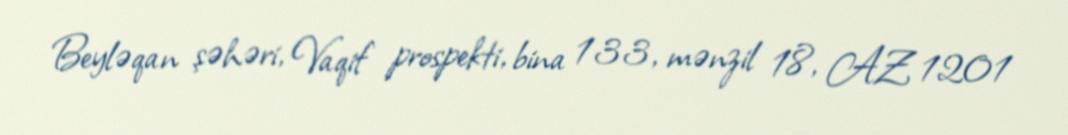
Beyləqan şəhəri, Vaqif prospekti, bina 133, mənzil 18, AZ 1201